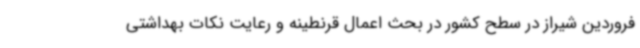
فروردین شیراز در سطح کشور در بحث اعمال قرنطینه و رعایت نکات بهداشتی